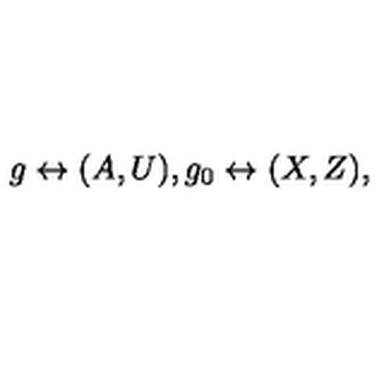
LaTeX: g \leftrightarrow ( A , U ) , g _ { 0 } \leftrightarrow ( X , Z ) ,